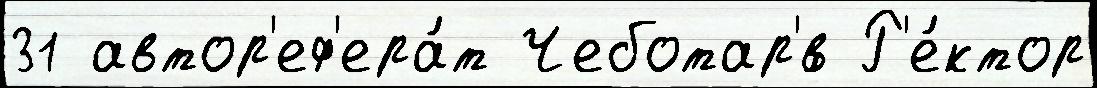
31 автор'еф'ера́т Чеботар'́в Р'е́ктор